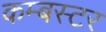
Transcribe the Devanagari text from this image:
कम्बस्टर